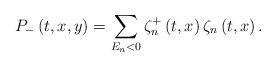
LaTeX: \begin{align*}P_{-}\left( t,x,y\right) =\sum_{E_{n}<0}\zeta _{n}^{+}\left( t,x\right)\zeta _{n}\left( t,x\right) . \end{align*}